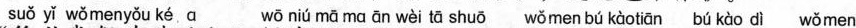
suǒ yǐ wǒmenyǒu ké a wō niú mā ma ān wèi tā shuō wǒmen bú kàotiān bú kào dì wǒmen